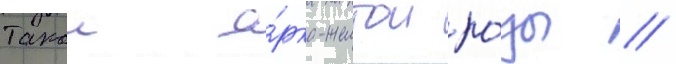
Такои я́рко-желтои ро́зы /